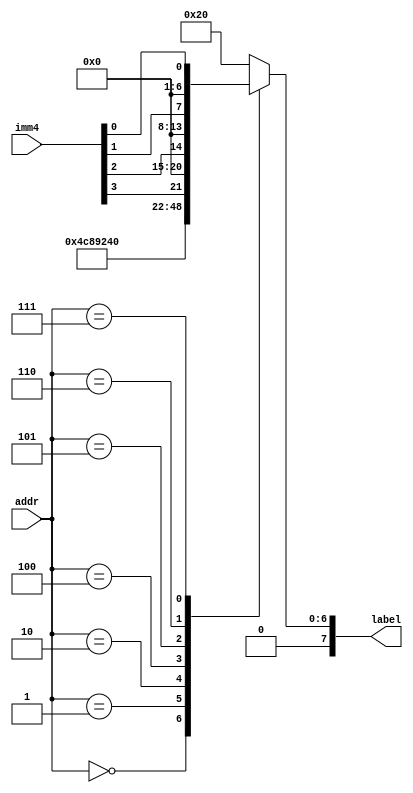
module ldi_rom (
	input [4:0] addr,
	input [3:0] imm4,
	output reg [7:0] label
	);
	
	always @(*)
		case (addr)
			0: label = "L";
			1: label = "D";
			2: label = "I";
			4: label = imm4[3];
			5: label = imm4[2];
			6: label = imm4[1];
			7: label = imm4[0];
			default: label = " ";
		endcase
	
endmodule